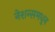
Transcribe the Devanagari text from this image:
नेशन्समधून